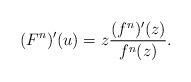
LaTeX: \begin{align*}(F^n)'(u)=z\frac{(f^n)'(z)}{f^n(z)}.\end{align*}